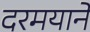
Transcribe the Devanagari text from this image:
दरमयाने